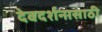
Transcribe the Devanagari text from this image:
देवदर्शनासाठी